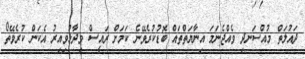
ދައުލަތް މުއްސަނދި ވެއްޖެނަމަ އިނާޔަތްތައް ބޮޑުކުރެވޭނެ ކަމަށް ރައީސް ވިދާޅުވިއިރު އެކަން ކުރެވޭތޯ